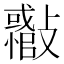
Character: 𣀪